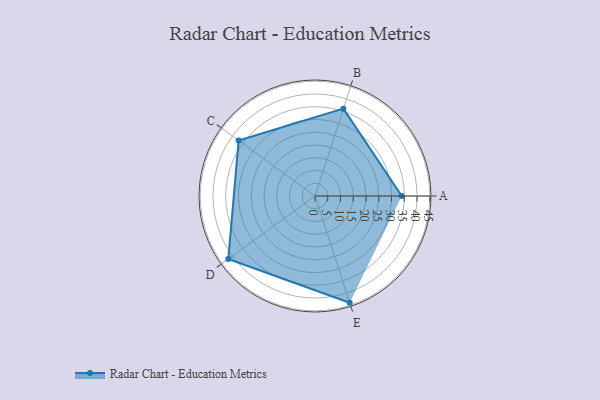
{"axis": {"x": "Skill", "y": "Score"}, "legend": ["Profile"], "data": [{"x": "A", "y": 34.0, "type": "Profile"}, {"x": "B", "y": 36.0, "type": "Profile"}, {"x": "C", "y": 37.0, "type": "Profile"}, {"x": "D", "y": 42.0, "type": "Profile"}, {"x": "E", "y": 44.0, "type": "Profile"}]}